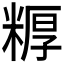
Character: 𬖦